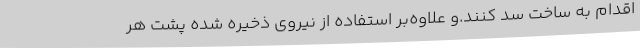
اقدام به ساخت سد کنند.و علاوه‌بر استفاده از نیروی ذخیره شده پشت هر